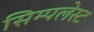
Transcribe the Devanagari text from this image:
सिम्पलेस्ट